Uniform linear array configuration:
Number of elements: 24
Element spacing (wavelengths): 1
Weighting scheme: kaiser
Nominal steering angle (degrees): -15
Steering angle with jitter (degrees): -15.888
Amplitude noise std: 0.05
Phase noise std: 0.05

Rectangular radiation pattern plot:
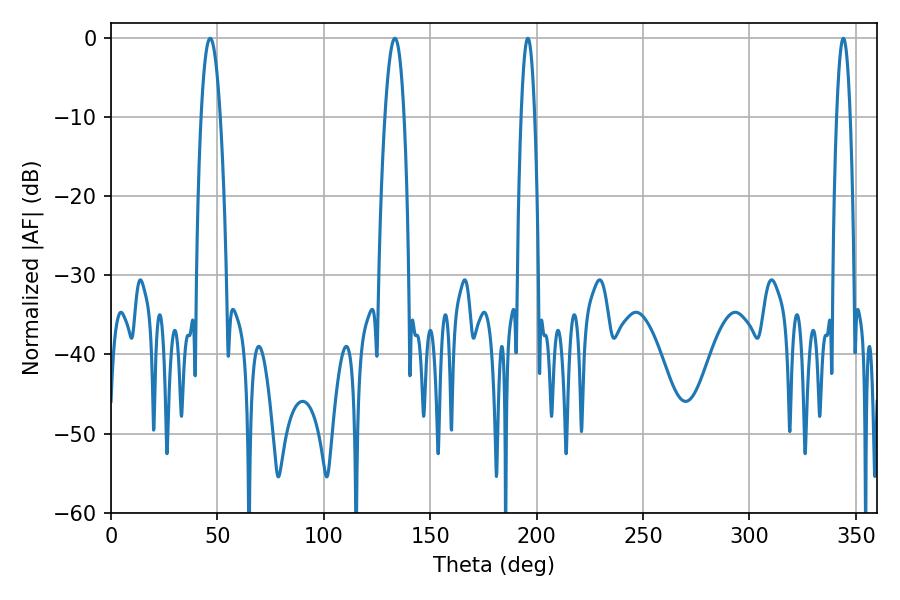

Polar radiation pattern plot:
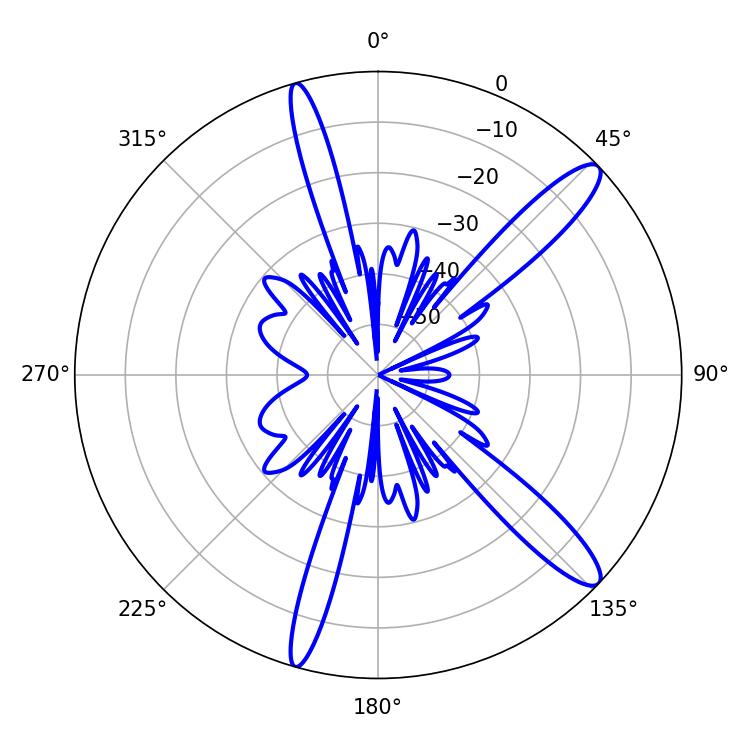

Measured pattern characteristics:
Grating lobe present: TRUE
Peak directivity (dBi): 13.033
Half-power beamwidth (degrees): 4.86
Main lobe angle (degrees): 46.62